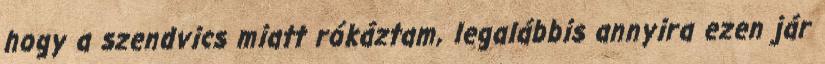
hogy a szendvics miatt rókáztam, legalábbis annyira ezen jár